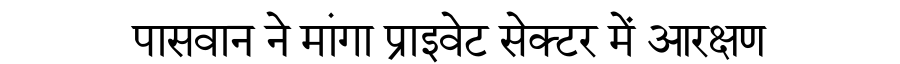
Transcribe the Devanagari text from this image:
पासवान ने मांगा प्राइवेट सेक्टर में आरक्षण